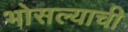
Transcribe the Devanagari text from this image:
भोसल्याची